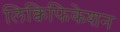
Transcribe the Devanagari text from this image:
लिक्विफिकेशन